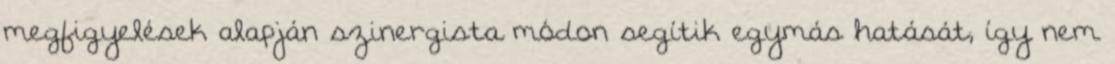
megfigyelések alapján szinergista módon segítik egymás hatását, így nem